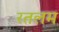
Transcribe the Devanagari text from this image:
रतलम